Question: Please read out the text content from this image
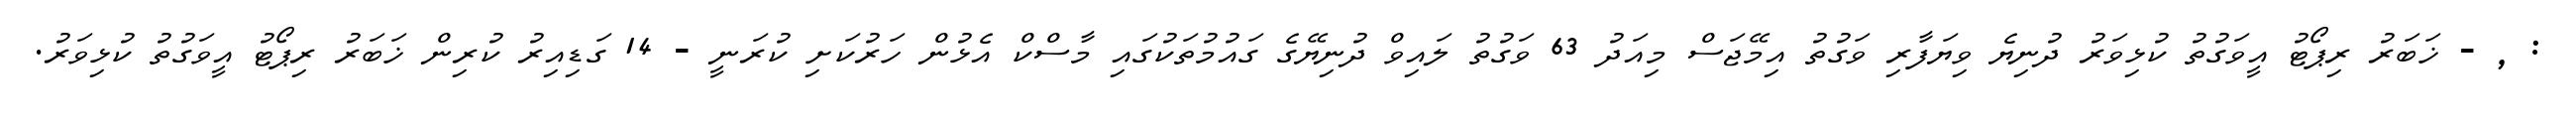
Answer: : , - ޚަބަރު ރިޕޯޓު އީވަގުތު ކުޅިވަރު ދުނިޔެ ވިޔަފާރި ވަގުތު އިމޭޖަސް މިއަދު 63 ވަގުތު ލައިވް ދުނިޔޭގެ ގައުމުތަކުގައި މާސްކް އެޅުން ހަރުކަށި ކުރަނީ - 14 ގަޑިއިރު ކުރިން ޚަބަރު ރިޕޯޓު އީވަގުތު ކުޅިވަރު.